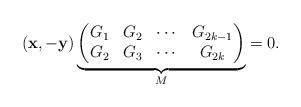
LaTeX: \begin{align*}(\mathbf{x}, -\mathbf{y})\underbrace{\begin{pmatrix}G_{1} & G_{2} & \cdots & G_{2k-1}\\ G_{2} & G_{3} & \cdots & G_{2k}\end{pmatrix}}_M =0.\end{align*}